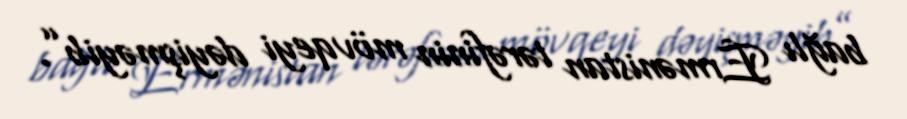
bağlı Ermənistan tərəfinin mövqeyi dəyişməyib”.